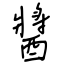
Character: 醬